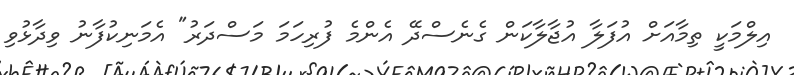
އިލްމަކީ ތިމާއަށް އުފަލާ އުޖާލާކަން ގެނެސްދޭ އެންމެ ފުރިހަމަ މަސްދަރު" އެމަނިކުފާނު ވިދާޅުވި